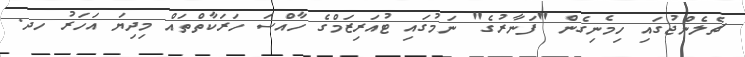
ޗެލެންޖުގައި ހިމެނިގެން "ފަނާރުގެ" ނަމުގައި ޓުއަރިޒަމްގެ ހާއްސަ ހަރަކާތްތައް މިދިޔަ އަހަރު ހދ.